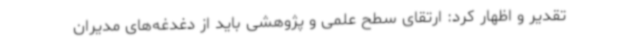
تقدیر و اظهار کرد: ارتقای سطح علمی و پژوهشی باید از دغدغه‌های مدیران